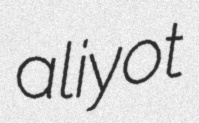
aliyot